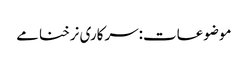
موضوعات:سرکاری نرخنامے